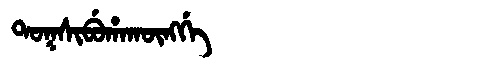
Manchu: ᡨᠣᡴᠰᡳᠪᡠᡥᠠᡴᡡᠩᡤᡝ
Romanization: TOKSIBUHAKŪNGGE